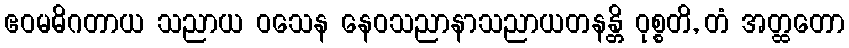
ဧဝမဓိဂတာယ သညာယ ဝသေန နေဝသညာနာသညာယတနန္တိ ဝုစ္စတိ, တံ အတ္ထတော